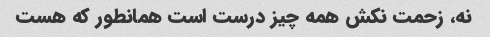
نه، زحمت نکش همه چیز درست است همانطور که هست